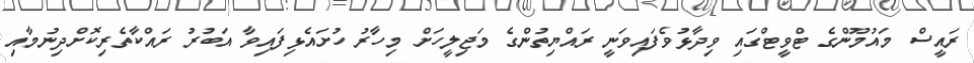
ރައީސް މައުމޫންގެ ޓްވީޓްގައި ވިދާޅުވެފައިވަނީ ރައްޔިތުންގެ މަޖިލީހަށް މިހާރު ހުށައެޅިފައިވާ އަބުރު ރައްކާތެރިކޮށްދިނުމާއި